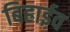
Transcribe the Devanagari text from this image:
बिहाईव